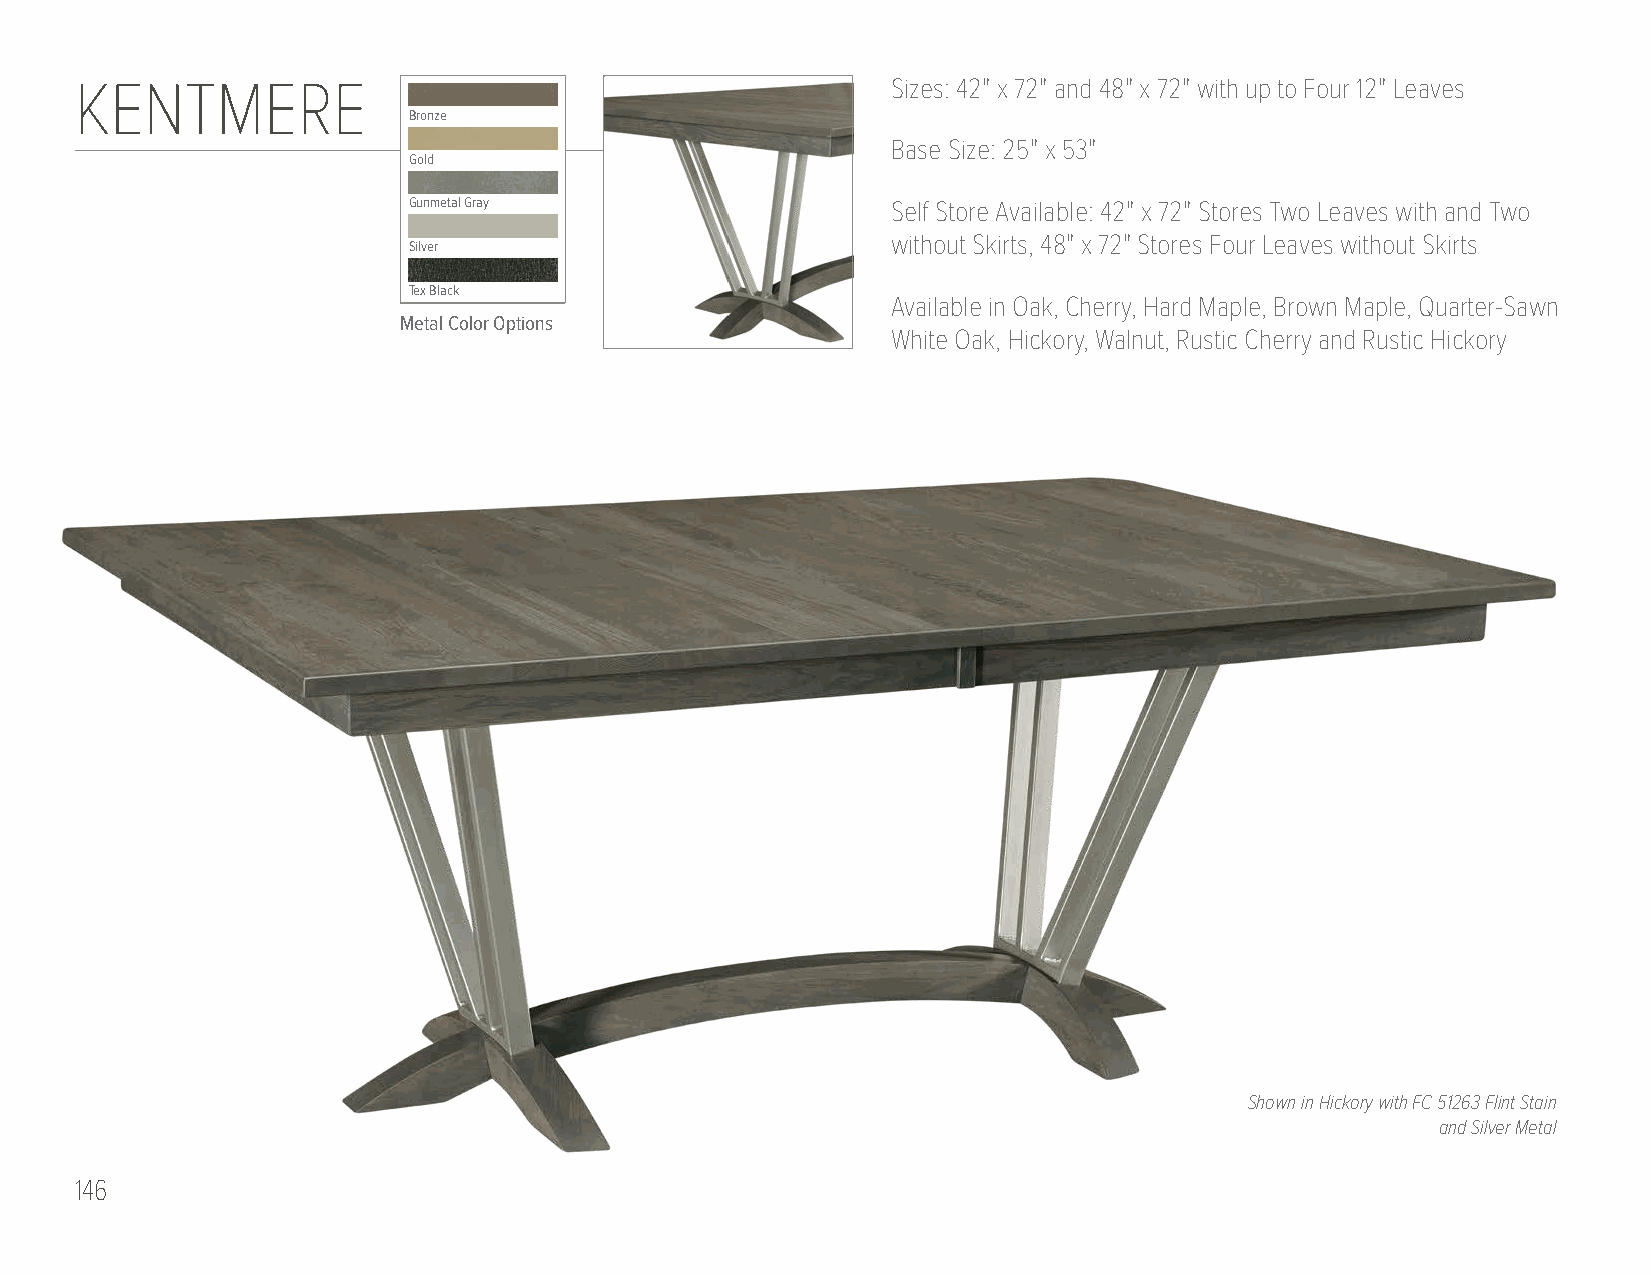
KENTMERE                                              Sizes: 42" x 72" and 48" x 72" with up to Four 12" Leaves
 Bronze
 Base Size: 25" x 53"
 Gold
 Gunmetal Gray                   Self Store Available: 42" x 72" Stores Two Leaves with and Two
 without Skirts, 48" x 72" Stores Four Leaves without Skirts
 Silver
 Tex Black
 Available in Oak, Cherry, Hard Maple, Brown Maple, Quarter-Sawn
 Metal Color Options
 White Oak, Hickory, Walnut, Rustic Cherry and Rustic Hickory
 Shown in Hickory with FC 51263 Flint Stain
 and Silver Metal
 146